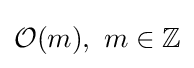
{\mathcal {O}}(m),\ m\in \mathbb {Z}